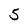
Character: 5